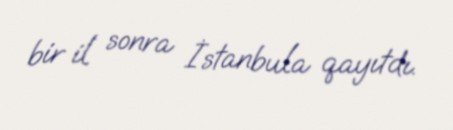
bir il sonra İstanbula qayıtdı.